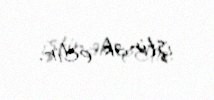
iştirak edir.